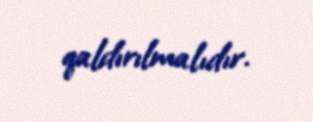
qaldırılmalıdır.